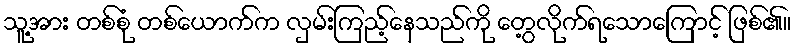
သူ့အား တစ်စုံ တစ်ယောက်က လှမ်းကြည့်နေသည်ကို တွေ့လိုက်ရသောကြောင့် ဖြစ်၏။